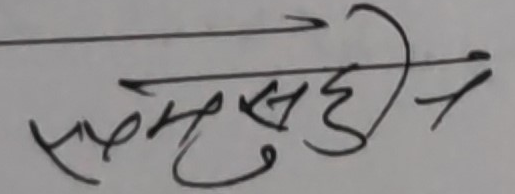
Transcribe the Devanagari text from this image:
समसुहीन